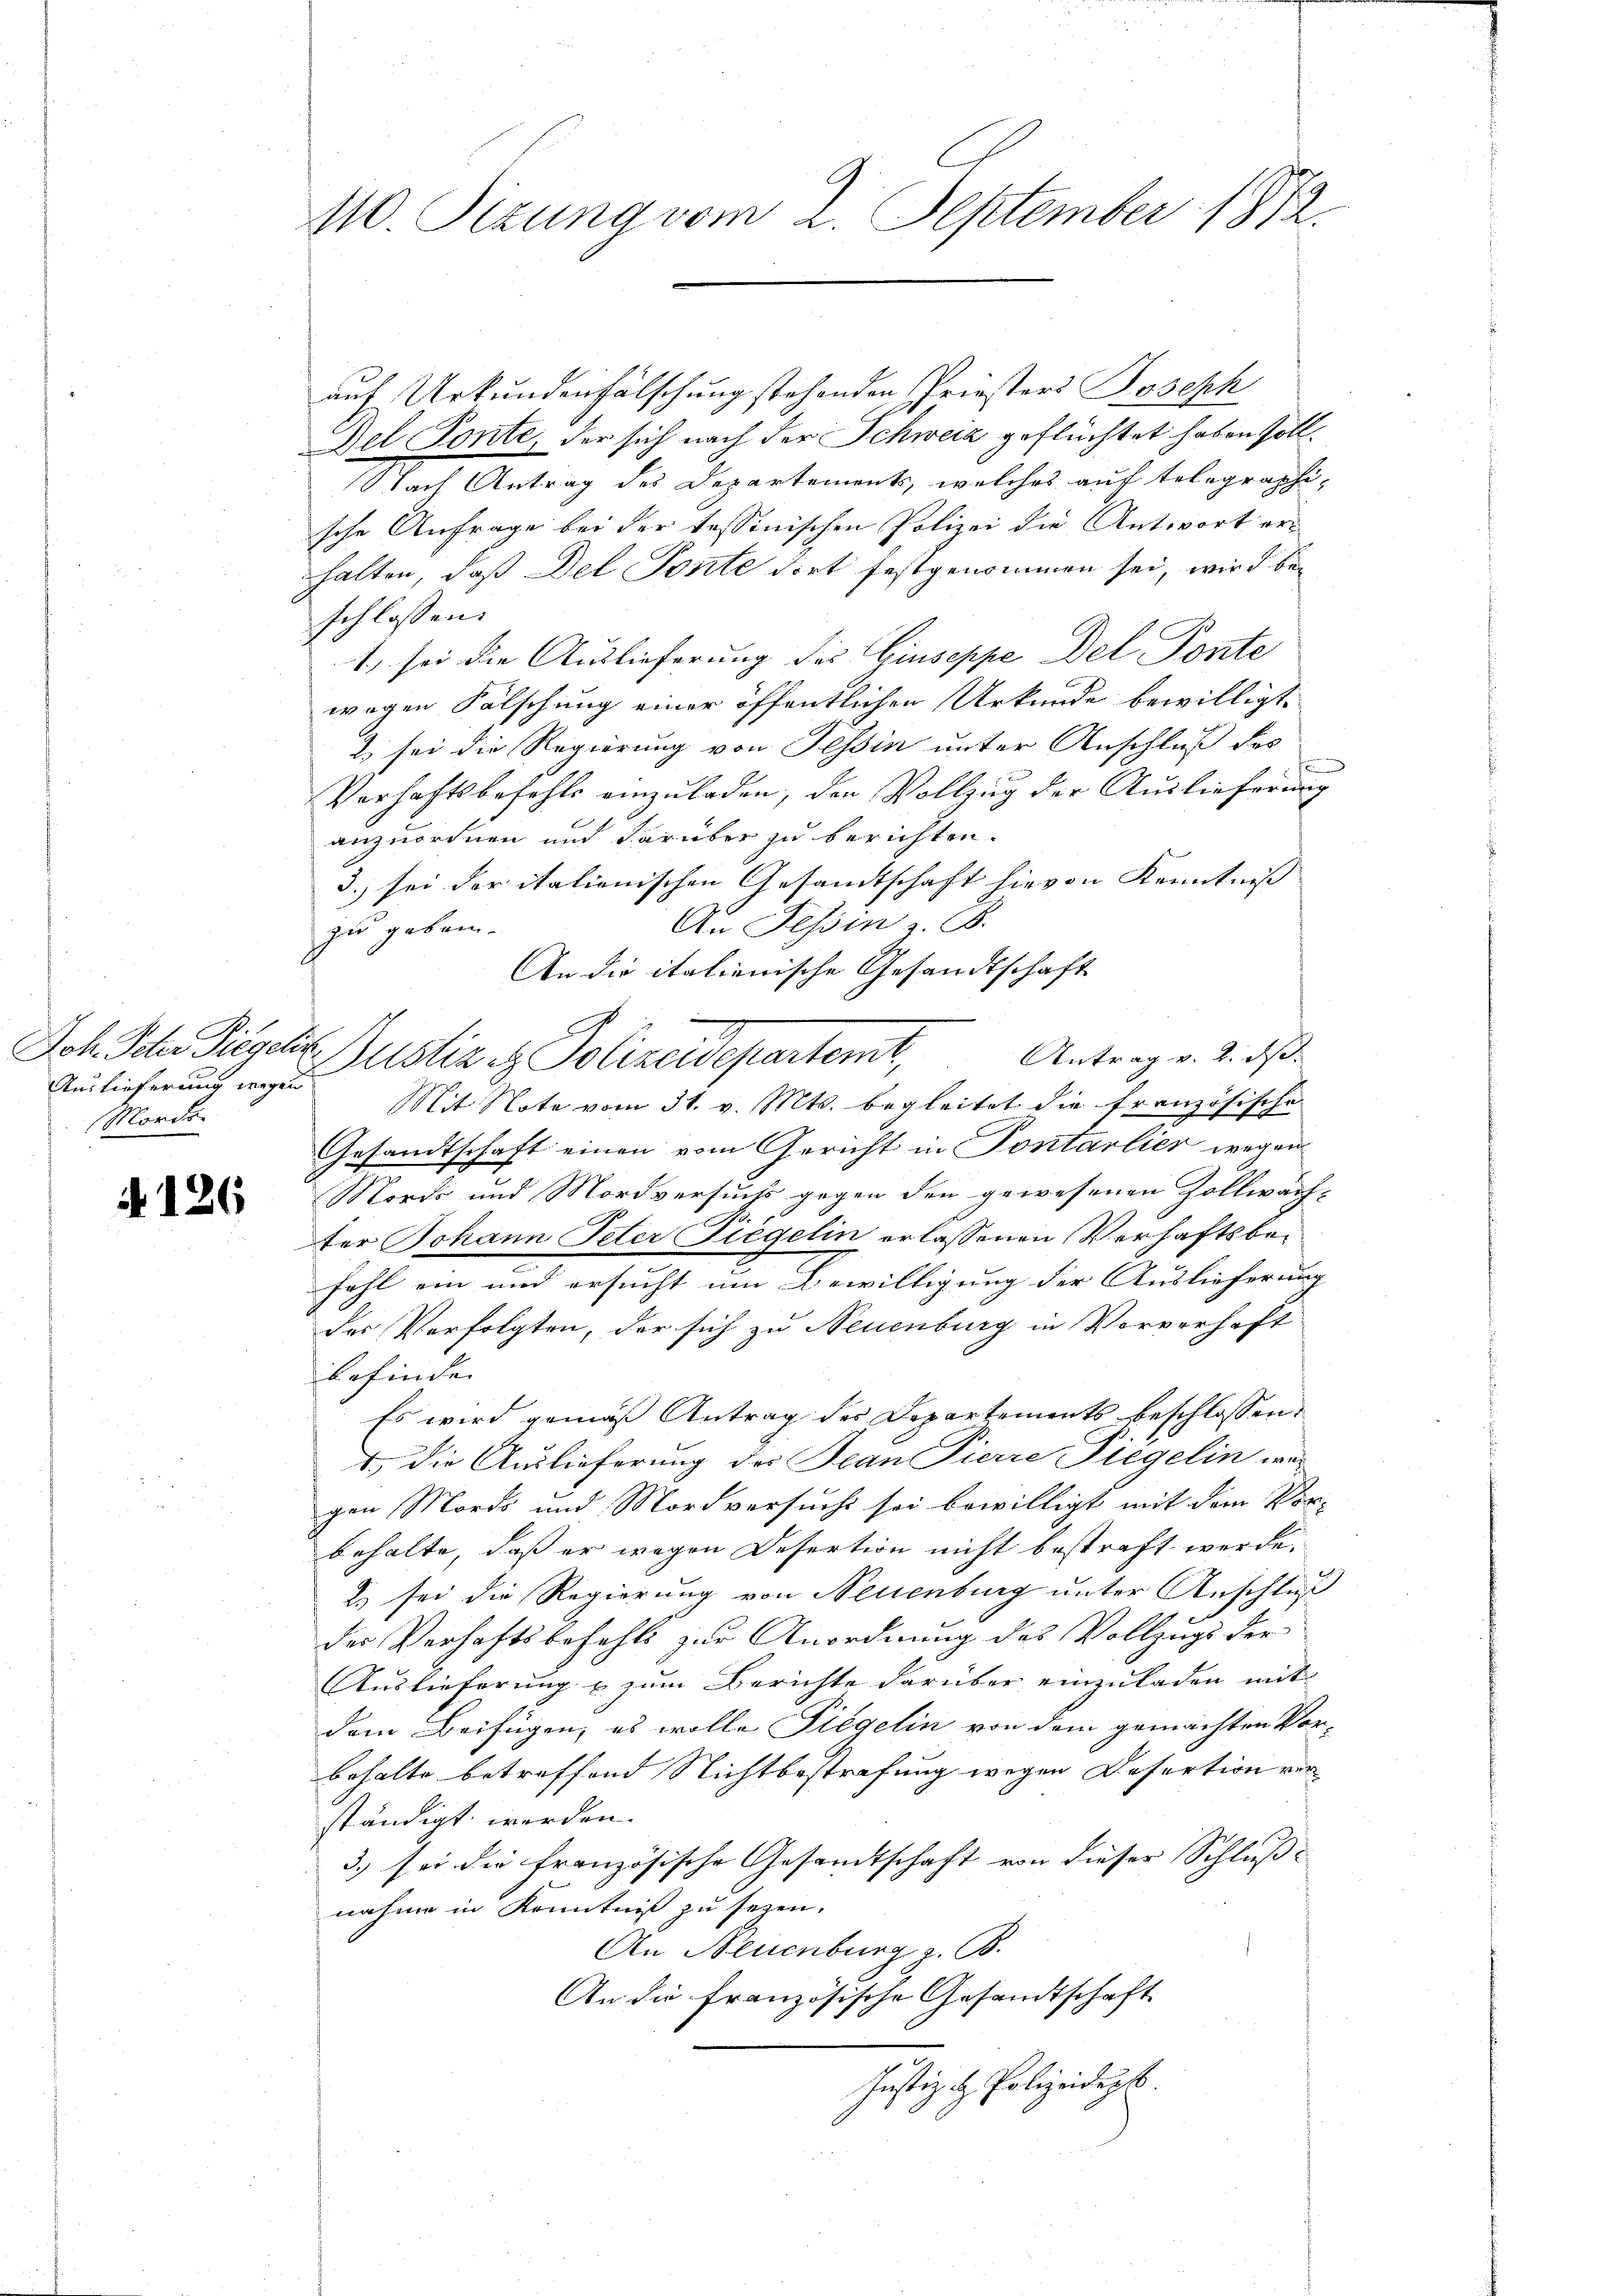
Auslieferung wegen
Morde

4. 126

410. Sizung vom 2. September 1812.

auf Urkundenfälschung stehenden Priesters Joseph
Bel Ponte, der sich nach der Schweiz geflüchtet haben soll.
fach Antrag des Departements, welches auf telegraphische Anfrage bei der tessinischen Polizei die Antwort er-
halten, daß Dei Ponte dort festgenommen sei, wird beschlossen:
1), sei die Auslieferung des Giuseppe Del Ponte
wegen Fälschung einer öffentlichen Urkunde bewilligt.
2) sei die Regierung von Tessin unter Anschluß des
f
Verhaftsbefehls einzuladen, den Vollzug der Auslieferung
anzuordnen und darüber zu berichten.
3.) sei der italienischen Gesandtschaft hievon Kenntniß
An Fessen z. B.
zu geben.
An die italienische Gesandtschaft
Joh. Joh. Siegelt. Justiz & Polizeidepartemt,
Antrag v. 2. ds.
Mit Note vom 31. v. Mts. begleitet die französische
Gesandtschaft einen vom Gericht in Pontarlier wegen
Mords und Mordversuchs gegen den gewesenen Zollwach-
ter Johann Peter Ziegelin erlassenen Verhaftsbefahl ein und ersucht um Bewilligung der Auslieferung
des Verfolgten, der sich zu Neuenburg in Vorverhaft
befinden
Es wird gemäß Antrag des Departements beschlossen:
1.) Die Auslieferung des Jean Pierre Piegelin wer
gen Mords und Mordversucht sei bewilligt mit dem Vorbehalte, daß er wegen Desertion nicht bestraft werde.
2) sei die Regierung von Neuenburg unter Anschluß
der Verhaftsbefehli zur Anordnung des Vollzugs der
Auslieferung & zum Berichte darüber einzuladen mit
dem Beifügen, es wolle Liegelin von dem gemachten Vor-
behalte betreffend Nichtbestrafung wegen Desertion ver
ständigt werden.
3) sei die französische Gesandtschaft von dieser Schlußnahme in Kenntniß zu sezen.
An Neuenburg z. B.
An die französische Gesandtschaft
Justiz & Polizeidigt.